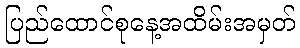
ပြည်ထောင်စုနေ့အထိမ်းအမှတ်